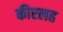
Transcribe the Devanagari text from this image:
कीरलह